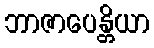
ဘာဇာပေန္တိယာ